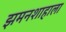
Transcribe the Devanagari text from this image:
झमनशाहाला